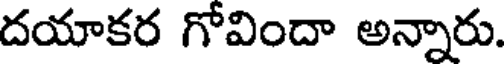
దయాకర గోవిందా అన్నారు.